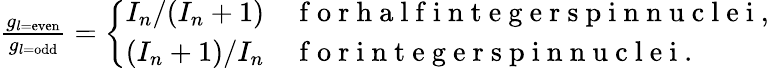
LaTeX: \begin{array}{r}{\frac{g_{l=\mathrm{even}}}{g_{l=\mathrm{odd}}}=\left\{ \begin{array}{ll}{I_{n}/(I_{n}+1)}&{\mathrm{~f~o~r~h~a~l~f~i~n~t~e~g~e~r~s~p~i~n~n~u~c~l~e~i~,~}}\\ {(I_{n}+1)/I_{n}}&{\mathrm{~f~o~r~i~n~t~e~g~e~r~s~p~i~n~n~u~c~l~e~i~.~}}\end{array}\right.}\end{array}